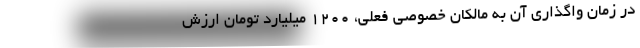
در زمان واگذاری آن به مالکان خصوصی فعلی، ۱۲۰۰ میلیارد تومان ارزش